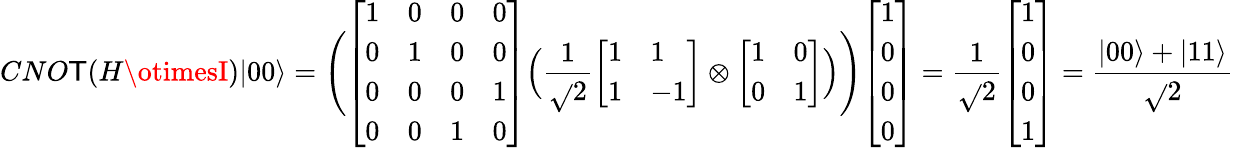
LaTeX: CNO\mathsf{T}(H\otimesI)|00\rangle={\Bigg(}{\left[\begin{array}{llll}{1}&{0}&{0}&{0}\\ {0}&{1}&{0}&{0}\\ {0}&{0}&{0}&{1}\\ {0}&{0}&{1}&{0}\end{array}\right]}{\Big(}{\frac{{1}}{{\sqrt{}{{2}}}}}{\left[\begin{array}{ll}{1}&{1}\\ {1}&{-1}\end{array}\right]}\otimes{\left[\begin{array}{ll}{1}&{0}\\ {0}&{1}\end{array}\right]}{\Big)}{\Bigg)}{\left[\begin{array}{l}{1}\\ {0}\\ {0}\\ {0}\end{array}\right]}={\frac{{1}}{{\sqrt{}{{2}}}}}{\left[\begin{array}{l}{1}\\ {0}\\ {0}\\ {1}\end{array}\right]}={\frac{{|00\rangle+|11\rangle}}{{\sqrt{}{{2}}}}}